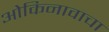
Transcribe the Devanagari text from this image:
ओकिनावाचा